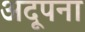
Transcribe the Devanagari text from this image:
अदूपना